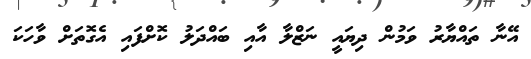
އޭނާ ތައްޔާރު ވަމުން ދިޔައީ ނަޒްލާ އާއި ބައްދަލު ކޮށްފައި އެގޮތަށް ވާހަކަ